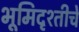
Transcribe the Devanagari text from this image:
भूमिदृश्तीचे